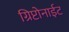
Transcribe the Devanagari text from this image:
ग्रिप्टोनाईट